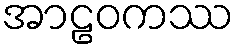
အာဠဝကဿ